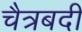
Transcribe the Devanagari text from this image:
चैत्रबदी